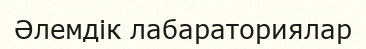
Әлемдік лабараториялар